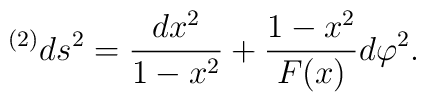
{}^{(2)}ds^2= {dx^2\over 1-x^2} +{1-x^2\over F(x)}d\varphi^2.